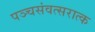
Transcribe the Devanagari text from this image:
पञ्चसंवत्सरात्क